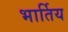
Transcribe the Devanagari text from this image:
भार्तिय